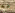
مع